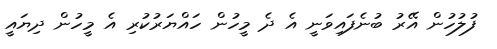
ފުލުހުން އޭރު ބުނެފައިވަނީ އެ ދެ މީހުން ހައްޔަރުކުރި އެ މީހުން ދިޔައީ